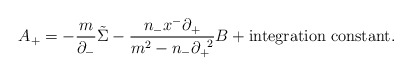
\begin{align*}A_+=-\frac{m}{{\partial}_-}\tilde{\Sigma}-\frac{n_-x^-{\partial}_+}{m^2-n_-{\partial}_+^{\;\;2}}B+{\rm integration\; constant}. \end{align*}